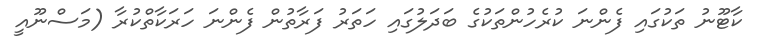
ކާޓޫނު ތަކުގައި ފެންނަ ކުރެހުންތަކުގެ ބަދަލުގައި ހަތަރު ފަރާތުން ފެންނަ ހަރަކާތްކުރާ (މަސްނޫއީ